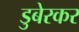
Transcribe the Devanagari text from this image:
डुबेरकर